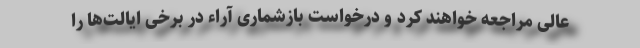
عالی مراجعه خواهند کرد و درخواست بازشماری آراء در برخی ایالت‌ها را